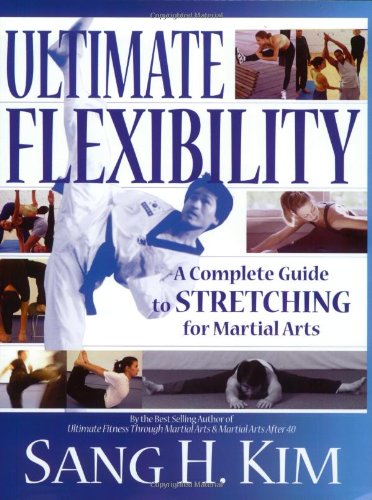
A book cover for Ultimate Flexibility: A Complete Guide to Stretching for Martial Arts; Sang H. Kim; Health, Fitness & Dieting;